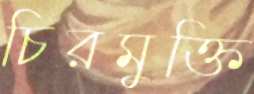
চিরমুক্তি